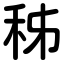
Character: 秭